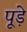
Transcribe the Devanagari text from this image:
पूड़े